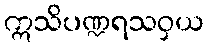
ဣသိပဏ္ဍရသဝှယ